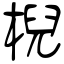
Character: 棿